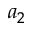
a _ { 2 }